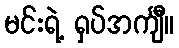
မင်းရဲ့ ရှပ်အင်္ကျီ။